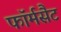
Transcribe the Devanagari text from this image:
फॉर्मसैट